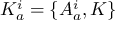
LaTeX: K _ { a } ^ { i } = \{ A _ { a } ^ { i } , K \}